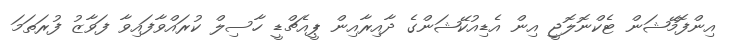
އިންފޮމޭޝަން ޓެކްނޮލޮޖީ އިން އެޑިއުކޭޝަންގެ ދާއިރާއިން ޕީއެޗްޑީ ހާސިލް ކުރައްވާފައިވާ ފަވާޒު ފުރަތަމަ